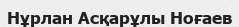
Нұрлан Асқарұлы Ноғаев